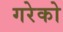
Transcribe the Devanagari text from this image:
गरेको